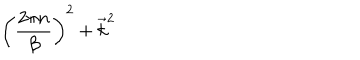
\biggl ( { \frac { 2 \pi n } { \beta } } \biggr ) ^ { 2 } + \vec { k } ^ { 2 }